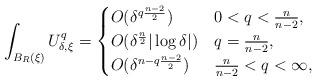
LaTeX: \begin{align*}\int_{B_R(\xi)} U_{\delta,\xi}^q=\begin{cases}O(\delta^{q\frac{n-2}{2}}) & 0<q<\frac{n}{n-2},\\O(\delta^\frac{n}{2}|\log \delta|) & q=\frac{n}{n-2},\\O(\delta^{n-q\frac{n-2}{2}}) & \frac{n}{n-2}<q<\infty,\\\end{cases}\end{align*}